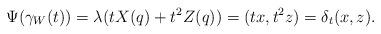
LaTeX: \begin{align*}\Psi(\gamma_W(t)) = \lambda(tX(q) + t^2Z(q)) = (tx,t^2z) = \delta_t (x,z).\end{align*}